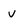
Character: V